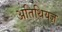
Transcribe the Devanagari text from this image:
अतिथियज्ञ